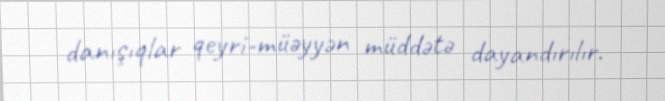
danışıqlar qeyri-müəyyən müddətə dayandırılır.